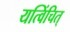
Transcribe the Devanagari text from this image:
यत्विंचित्